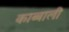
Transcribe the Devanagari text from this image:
काब्बाली